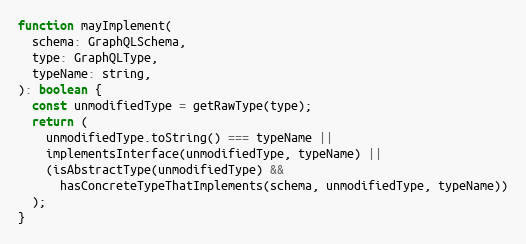
Language: JavaScript
function mayImplement(
  schema: GraphQLSchema,
  type: GraphQLType,
  typeName: string,
): boolean {
  const unmodifiedType = getRawType(type);
  return (
    unmodifiedType.toString() === typeName ||
    implementsInterface(unmodifiedType, typeName) ||
    (isAbstractType(unmodifiedType) &&
      hasConcreteTypeThatImplements(schema, unmodifiedType, typeName))
  );
}